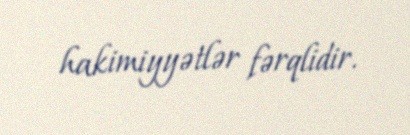
hakimiyyətlər fərqlidir.